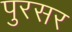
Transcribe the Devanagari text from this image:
पुरसर